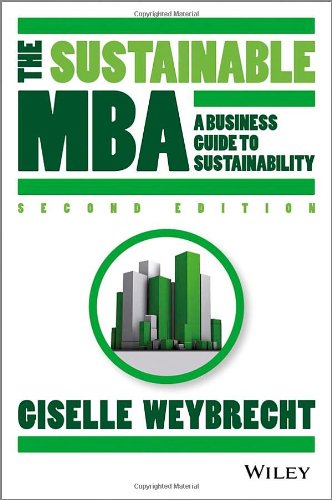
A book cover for The Sustainable MBA: A Business Guide to Sustainability; Giselle Weybrecht; Business & Money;